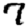
Digit: 7